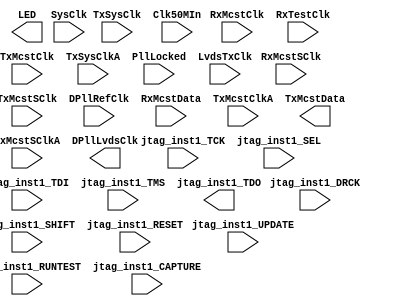

// Efinity Top-level template
// Version: 2019.3.272

// Copyright (C) 2017 - 2019 Efinix Inc. All rights reserved.

// This file may be used as a starting point for Efinity synthesis top-level target.
// The port list here matches what is expected by Efinity constraint files generated
// by the Efinity Interface Designer.

// To use this:
//     #1)  Save this file with a different name to a different directory, where source files are kept.
//              Example: you may wish to save as C:\Efinity\2019.3\project\Mcst2MIIDebug\Mcst2MIIDebug.v
//     #2)  Add the newly saved file into Efinity project as design file
//     #3)  Edit the top level entity in Efinity project to:  Mcst2MIIDebug
//     #4)  Insert design content.


module Mcst2MIIDebug
(
  input SysClk,
  input RxMcstSClk,
  input jtag_inst1_RUNTEST,
  input jtag_inst1_DRCK,
  input RxMcstClk,
  input RxTestClk,
  input jtag_inst1_SHIFT,
  input TxMcstSClk,
  input DPllRefClk,
  input [7:0] RxMcstData,
  input TxMcstSClkA,
  input jtag_inst1_CAPTURE,
  input jtag_inst1_TCK,
  input TxSysClk,
  input TxMcstClk,
  input jtag_inst1_SEL,
  input TxSysClkA,
  input Clk50MIn,
  input TxMcstClkA,
  input jtag_inst1_RESET,
  input jtag_inst1_TDI,
  input [2:0] PllLocked,
  input jtag_inst1_TMS,
  input jtag_inst1_UPDATE,
  input LvdsTxClk,
  output [7:0] LED,
  output [7:0] TxMcstData,
  output [7:0] DPllLvdsClk,
  output jtag_inst1_TDO
);


endmodule